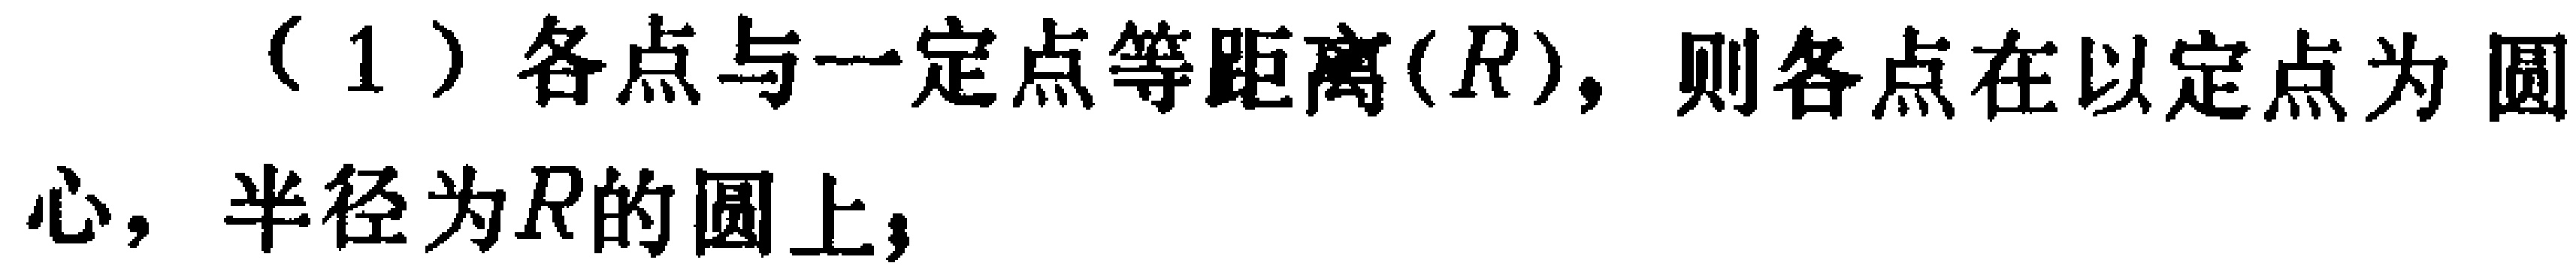
（1）各点与一定点等距离($R$)，则各点在以定点为圆心，半径为$R$的圆上；